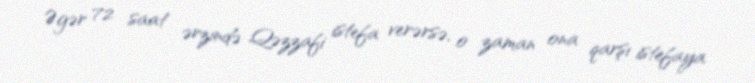
Əgər 72 saat ərzində Qəzzafi istefa verərsə, o zaman ona qarşı istefaya